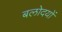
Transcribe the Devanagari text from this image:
बलोदयों